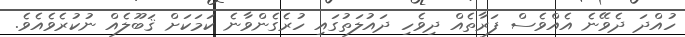
ހުއްދަ ދެވޭނެ އެއްވެސް ފަރާތެއް ދިވެހި ދައުލަތުގައި ހުރެގެންވާނެ ކަމަކަށް ޤަބޫލެއް ނުކުރެވެއެވެ.